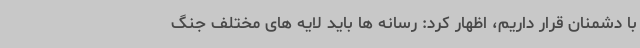
با دشمنان قرار داریم، اظهار کرد: رسانه ها باید لایه های مختلف جنگ